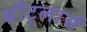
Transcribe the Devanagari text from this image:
बौट्लार्स